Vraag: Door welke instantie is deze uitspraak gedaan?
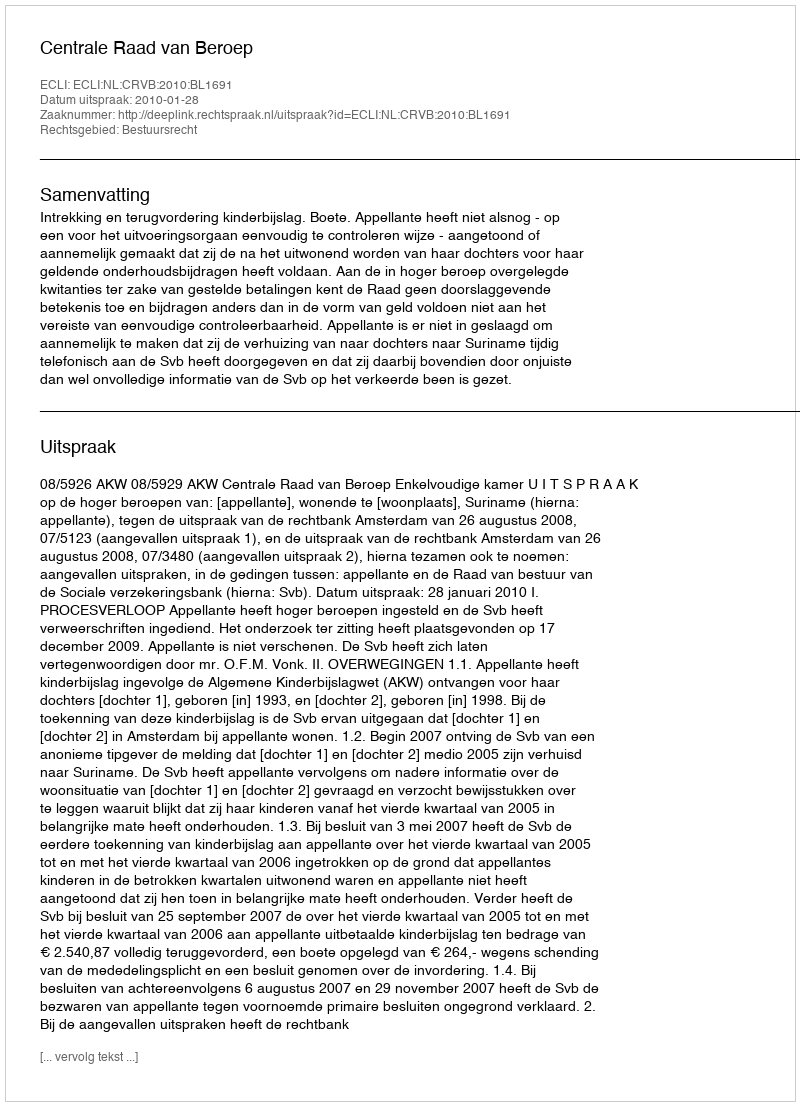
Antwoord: Centrale Raad van Beroep